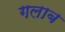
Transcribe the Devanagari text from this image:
गलाब